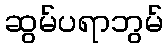
ဆွမ်ပရာဘွမ်